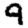
Digit: 9